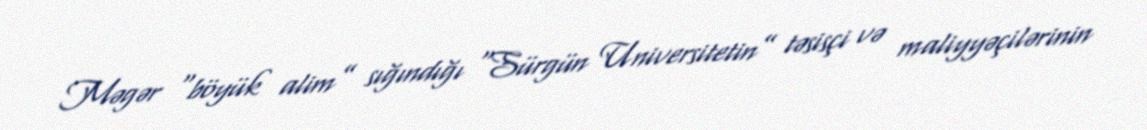
Məgər “böyük alim” sığındığı “Sürgün Universitetin” təsisçi və maliyyəçilərinin